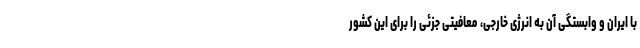
با ایران و وابستگی آن به انرژی خارجی، معافیتی جزئی را برای این کشور